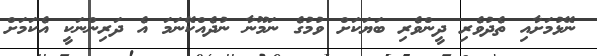
ނޭޅުމަށާއި ތެދުވެރި ދީންވެރި ބަޔަކަށް ވުމުގެ ނަމޫނާ ނުދެއްކޭނަމަ އެ ދަރިންނަކީ އެކަމަށް